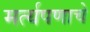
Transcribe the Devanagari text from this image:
मर्त्यपणाचे